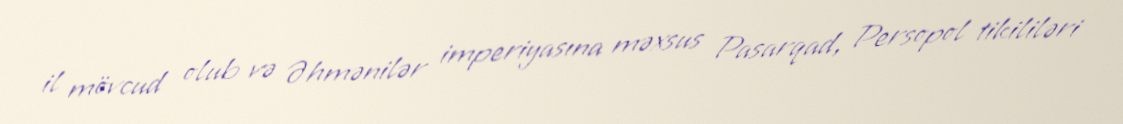
il mövcud olub və Əhmənilər imperiyasına məxsus Pasarqad, Persopol tikililəri